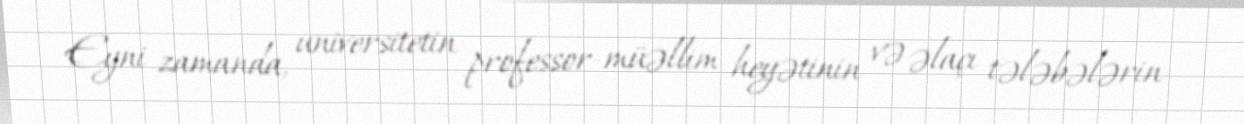
Eyni zamanda, universitetin professor-müəllim heyətinin və əlaçı tələbələrin